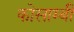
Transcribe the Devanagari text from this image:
कोसाम्बी